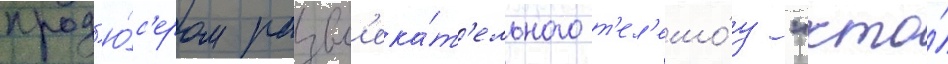
прод'ю́с'ером развл'ека́т'ельного т'ел'ешо́у "кто́